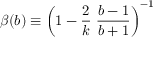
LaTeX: \beta ( b ) \equiv \left( 1 - \frac { 2 } { k } \; \frac { b - 1 } { b + 1 } \right) ^ { - 1 }